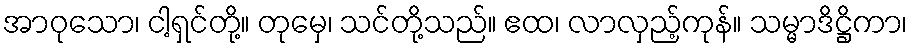
အာဝုသော၊ ငါ့ရှင်တို့။ တုမှေ၊ သင်တို့သည်။ ဧထ၊ လာလှည့်ကုန်။ သမ္မာဒိဋ္ဌိကာ၊